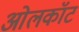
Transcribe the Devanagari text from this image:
ओलकॉट